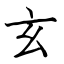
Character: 玄